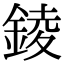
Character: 錂